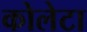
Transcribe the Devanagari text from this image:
कोलेटा